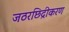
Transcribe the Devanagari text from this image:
जठरछिद्रीकरण